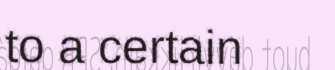
to a certain